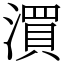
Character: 㵋